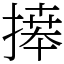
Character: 𢳎